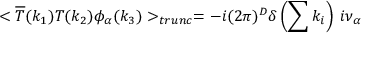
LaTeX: < \overline { { { T } } } ( k _ { 1 } ) T ( k _ { 2 } ) \phi _ { \alpha } ( k _ { 3 } ) > _ { t r u n c } = - i ( 2 \pi ) ^ { D } \delta \left( \sum k _ { i } \right) \: i \nu _ { \alpha }